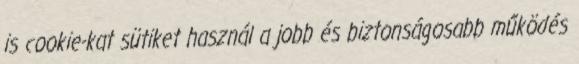
is cookie-kat sütiket használ a jobb és biztonságosabb működés